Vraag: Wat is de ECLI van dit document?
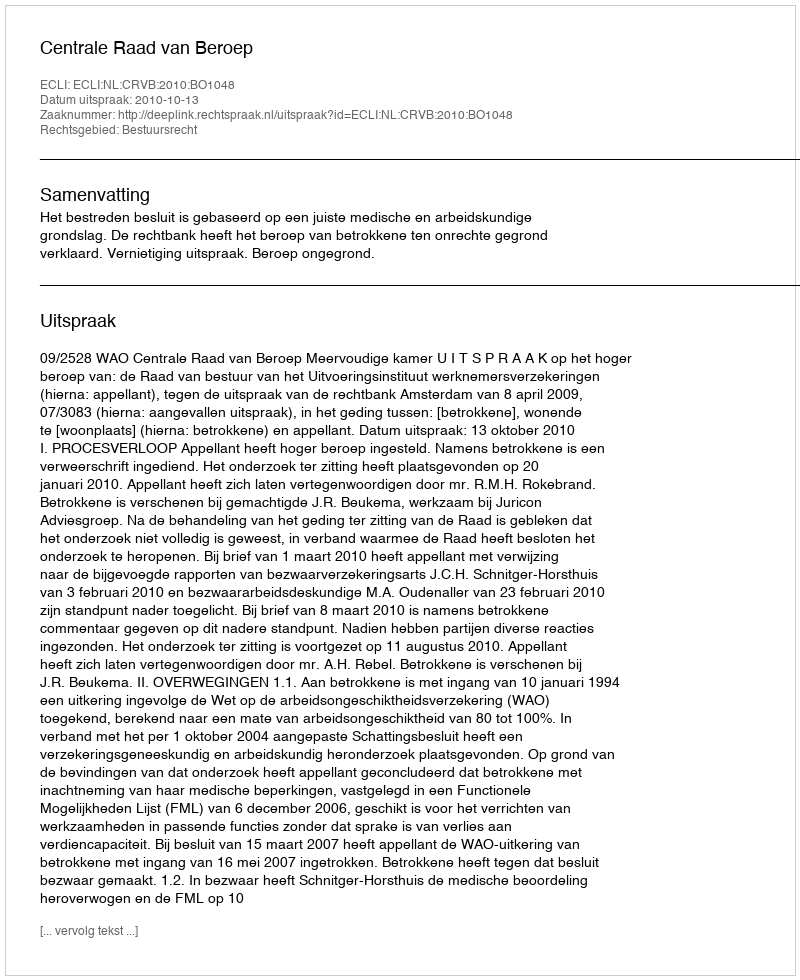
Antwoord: ECLI:NL:CRVB:2010:BO1048